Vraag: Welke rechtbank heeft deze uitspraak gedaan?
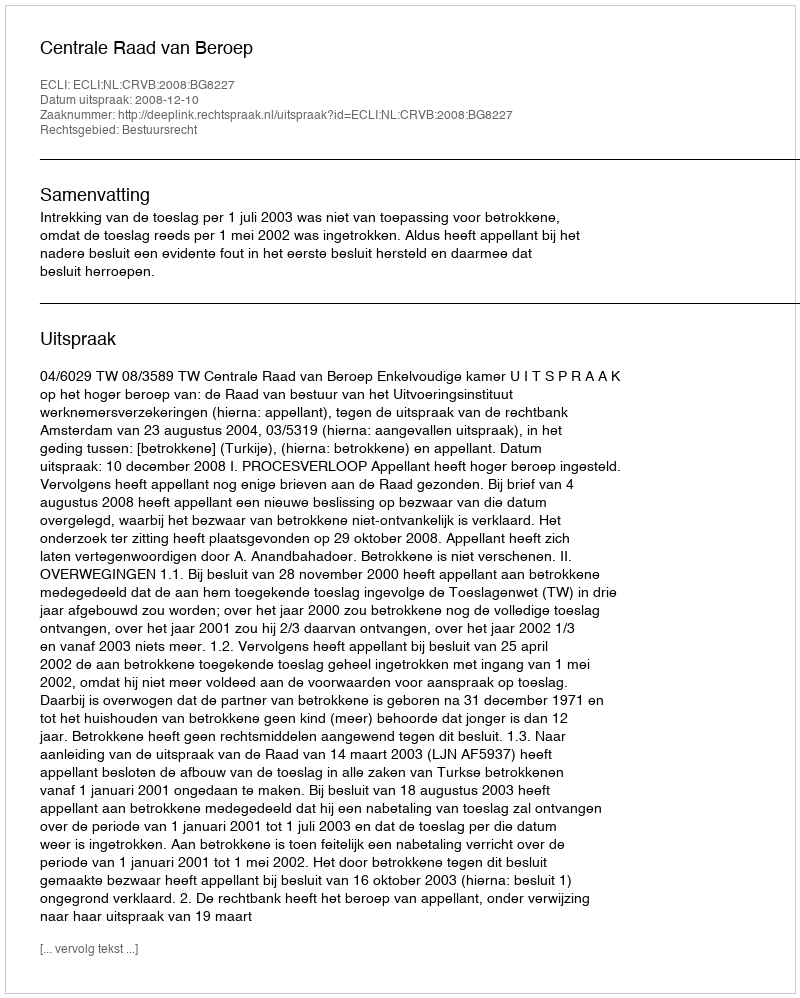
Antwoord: Centrale Raad van Beroep